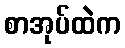
စာအုပ်ထဲက